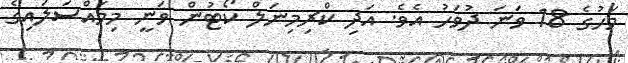
މަހުގެ 18 ވަނަ ދުވަހު އެވެ. އަދި ކްރިމިނަލް ކޯޓުން ވަނީ މިމައްސަލައިގެ